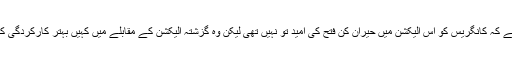
نامہ نگار کا کہنا ہے کہ کانگریس کو اس الیکشن میں حیران کن فتح کی امید تو نہیں تھی لیکن وہ گزشتہ الیکشن کے مقابلے میں کہیں بہتر کارکردگی کے لیے پرامید تھی۔